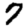
Digit: 7